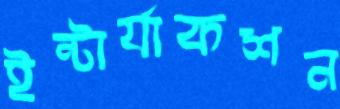
ইন্টার্যাকশন